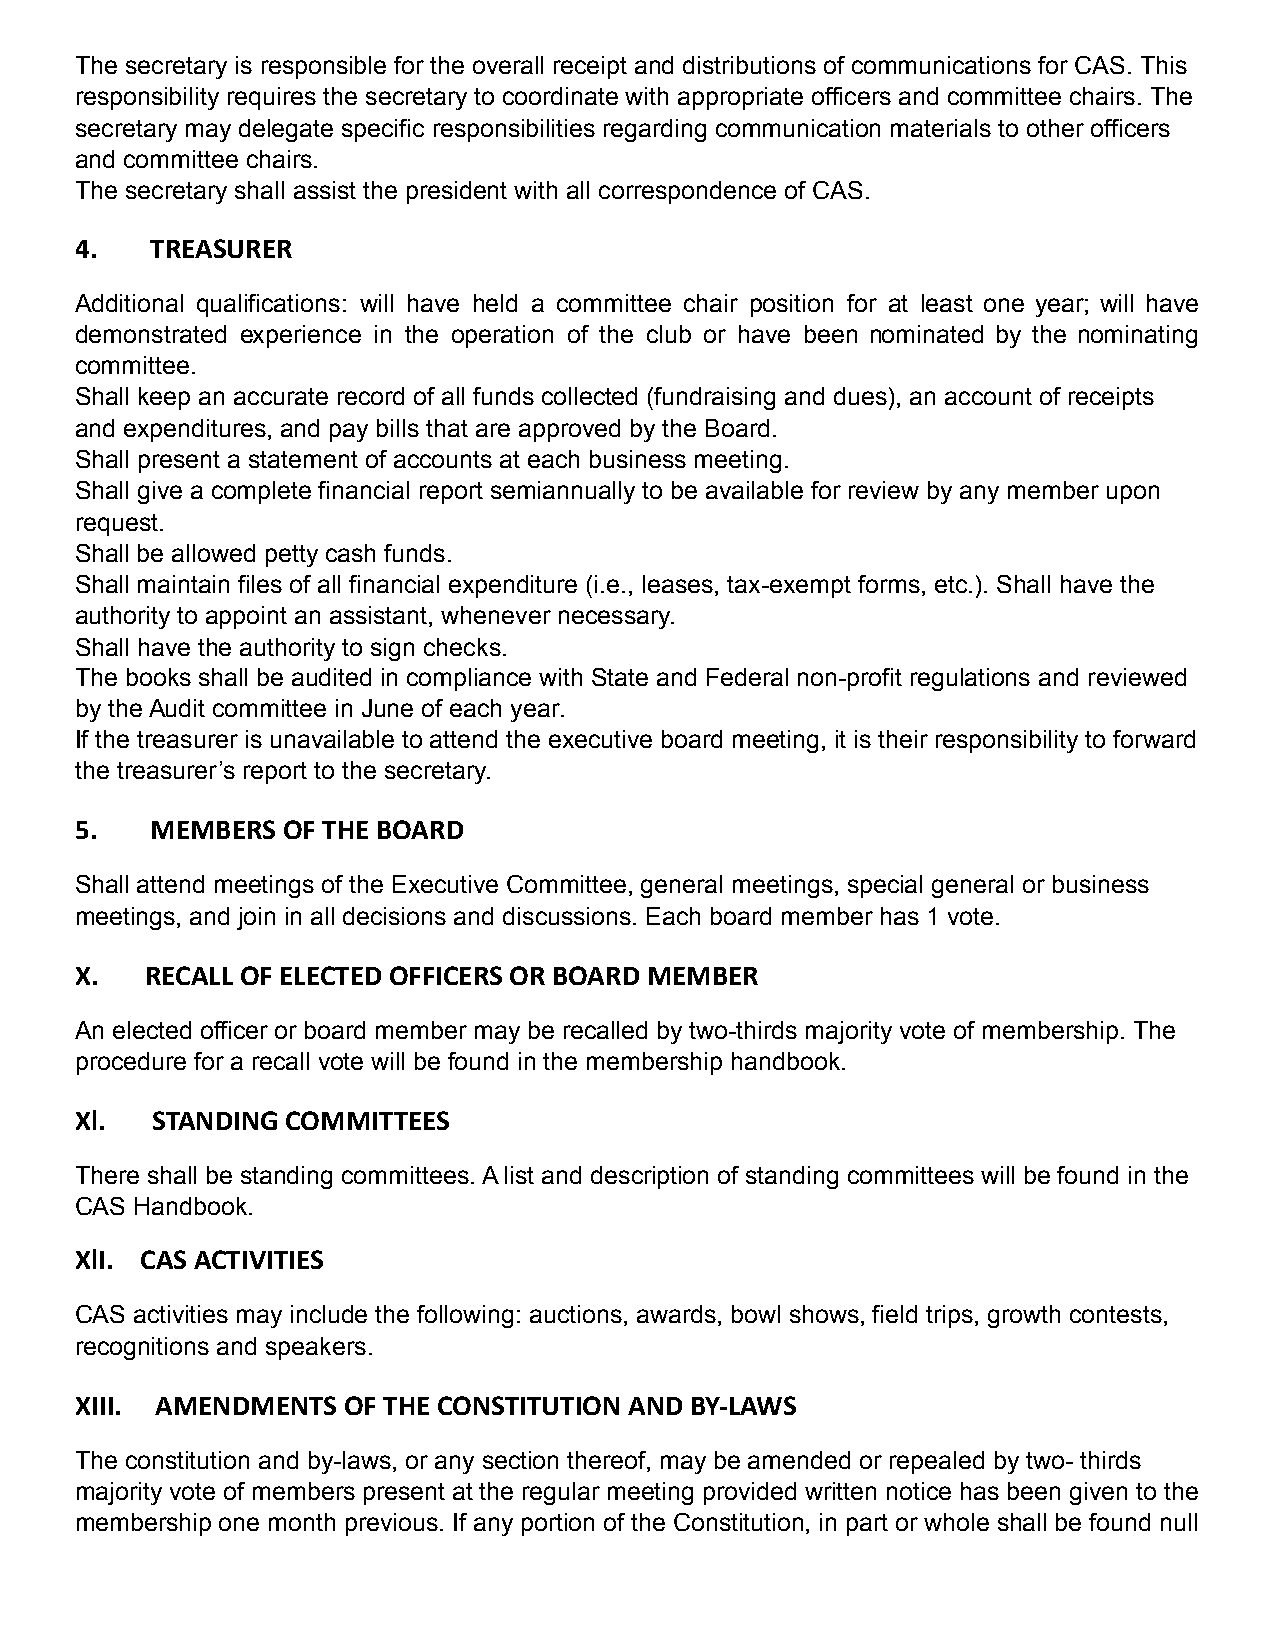
The secretary is responsible for the overall receipt and distributions of communications for CAS. This
 responsibility requires the secretary to coordinate with appropriate officers and committee chairs. The
 secretary may delegate specific responsibilities regarding communication materials to other officers
 and committee chairs.
 The secretary shall assist the president with all correspondence of CAS.
 4.   TREASURER
 Additional qualifications: will have held a committee chair position for at least one year; will have
 demonstrated experience in the operation of the club or have been nominated by the nominating
 committee.
 Shall keep an accurate record of all funds collected (fundraising and dues), an account of receipts
 and expenditures, and pay bills that are approved by the Board.
 Shall present a statement of accounts at each business meeting.
 Shall give a complete financial report semiannually to be available for review by any member upon
 request.
 Shall be allowed petty cash funds.
 Shall maintain files of all financial expenditure (i.e., leases, tax-exempt forms, etc.). Shall have the
 authority to appoint an assistant, whenever necessary.
 Shall have the authority to sign checks.
 The books shall be audited in compliance with State and Federal non-profit regulations and reviewed
 by the Audit committee in June of each year.
 If the treasurer is unavailable to attend the executive board meeting, it is their responsibility to forward
 the treasurer’s report to the secretary.
 5.   MEMBERS  OF THE BOARD
 Shall attend meetings of the Executive Committee, general meetings, special general or business
 meetings, and join in all decisions and discussions. Each board member has 1 vote.
 X.   RECALL OF ELECTED OFFICERS OR BOARD MEMBER
 An elected officer or board member may be recalled by two-thirds majority vote of membership. The
 procedure for a recall vote will be found in the membership handbook.
 Xl.  STANDING COMMITTEES
 There shall be standing committees. A list and description of standing committees will be found in the
 CAS Handbook.
 XlI. CAS ACTIVITIES
 CAS activities may include the following: auctions, awards, bowl shows, field trips, growth contests,
 recognitions and speakers.
 XIII. AMENDMENTS  OF THE CONSTITUTION AND BY-LAWS
 The constitution and by-laws, or any section thereof, may be amended or repealed by two- thirds
 majority vote of members present at the regular meeting provided written notice has been given to the
 membership one month previous. If any portion of the Constitution, in part or whole shall be found null